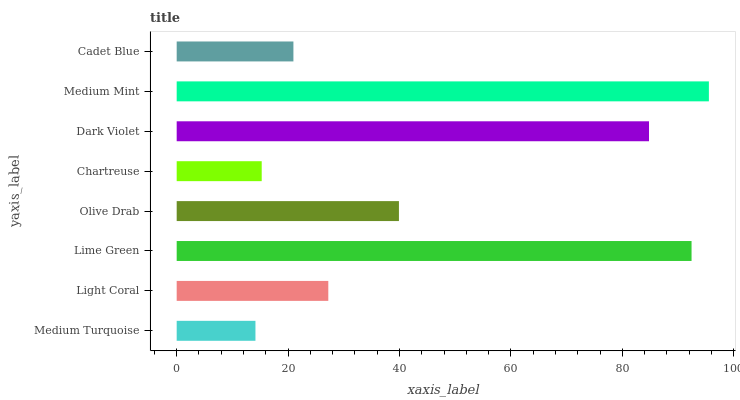
| yaxis_label | bars |
 | --- | --- |
 | Medium Turquoise | 14.1 |
 | Light Coral | 27.2 |
 | Lime Green | 92.4 |
 | Olive Drab | 39.9 |
 | Chartreuse | 15.3 |
 | Dark Violet | 84.8 |
 | Medium Mint | 95.5 |
 | Cadet Blue | 21 |